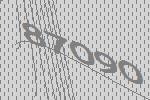
87090